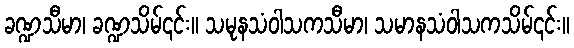
ခဏ္ဍသီမာ၊ ခဏ္ဍသိမ်၎င်း။ သမုနသံဝါသကသီမာ၊ သမာနသံဝါသကသိမ်၎င်း။